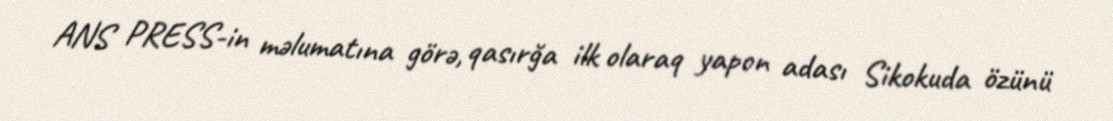
ANS PRESS-in məlumatına görə, qasırğa ilk olaraq yapon adası Sikokuda özünü